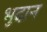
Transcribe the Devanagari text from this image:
भुदान